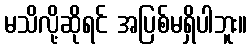
မသိလို့ဆိုရင် အပြစ်မရှိပါဘူး။